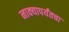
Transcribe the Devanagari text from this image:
नाक्‍यापर्यंतचा